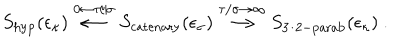
LaTeX: S _ { \mathrm { h y p } } ( \epsilon _ { \kappa } ) \stackrel { 0 \leftarrow \tau / \sigma } { \longleftarrow } S _ { \mathrm { c a t e n a r y } } ( \epsilon _ { \sigma } ) \stackrel { \tau / \sigma \rightarrow \infty } { \longrightarrow } S _ { \mathrm { 3 / 2 - p a r a b } } ( \epsilon _ { \kappa } ) ~ .